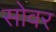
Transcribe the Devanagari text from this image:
सोवर